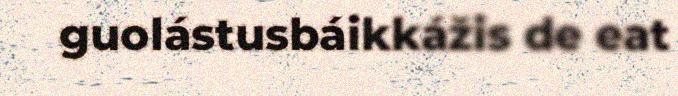
guolástusbáikkážis de eat